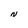
Character: N